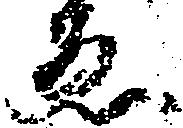
ゑ